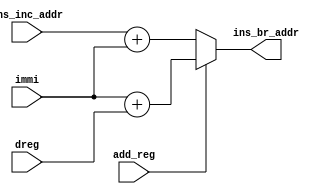
`timescale 1ns / 1ps
//////////////////////////////////////////////////////////////////////////////////
// Company: 
// Engineer: 
// 
// Design Name: 
// Module Name:    Br_adder 
// Project Name: 
// Target Devices: 
// Tool versions: 
// Description: 
//
// Dependencies: 
//
// Revision: 
// Revision 0.01 - File Created
// Additional Comments: 
//
//////////////////////////////////////////////////////////////////////////////////
module Br_adder(
    input [13:0] ins_inc_addr,
    input [13:0] immi,
    input [13:0] dreg,
    input add_reg,
    output [13:0] ins_br_addr
    );

     reg [13:0] br_addr;
     assign ins_br_addr = br_addr;

     always @ (*) begin
        if (add_reg) begin
            br_addr = immi + dreg;
        end
        else begin
            br_addr = ins_inc_addr + immi;
        end
     end

endmodule